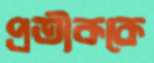
প্রতীককে